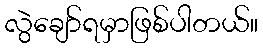
လွဲချော်ရမှာဖြစ်ပါတယ်။